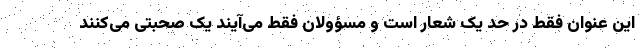
این عنوان فقط در حد یک شعار است و مسؤولان فقط می‌آیند یک صحبتی می‌کنند